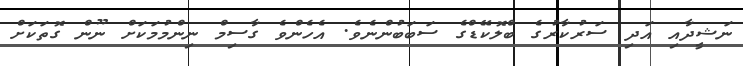
ނަޝީދާއި އަދި ސަރުކާރުގެ ބްލޮކޭޑްގެ ސަބަބުންނެވެ. އެހެންވެ ގާސިމް ނިންމުމަކަށް ނޫން ގޮތަކަށް